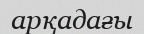
арқадағы